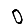
Digit: 0